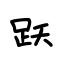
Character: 跃